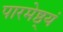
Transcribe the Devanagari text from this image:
पारमेष्ठ्यं